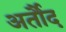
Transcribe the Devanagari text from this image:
अर्तौद